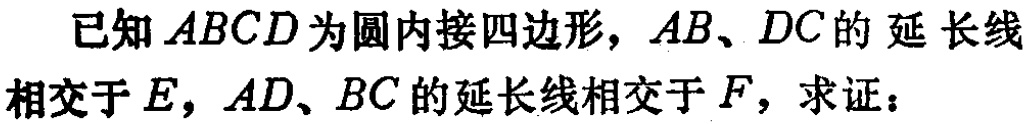
已知\(ABCD\)为圆内接四边形，\(AB、DC\)的延长线相交于\(E\)，\(AD、BC\)的延长线相交于\(F\)，求证：